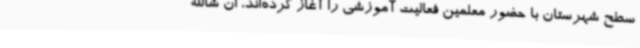
سطح شهرستان با حضور معلمین فعالیت آموزشی را آغاز کرده‌اند، ان شاالله